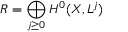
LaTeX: R = \bigoplus _ { j \geq 0 } H ^ { 0 } ( X , L ^ { j } )